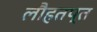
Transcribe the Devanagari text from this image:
लौहतप्त